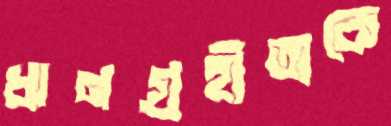
ঋণগ্রহীতাকে